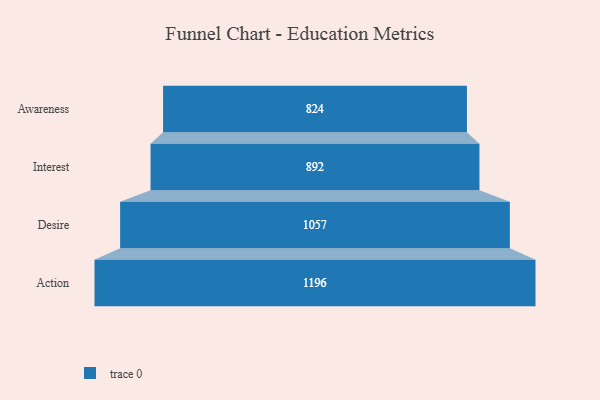
{"axis": {"x": "Stage", "y": "Value"}, "legend": [""], "data": [{"x": "Awareness", "y": 824.0, "type": ""}, {"x": "Interest", "y": 892.0, "type": ""}, {"x": "Desire", "y": 1057.0, "type": ""}, {"x": "Action", "y": 1196.0, "type": ""}]}